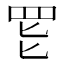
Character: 𱺸